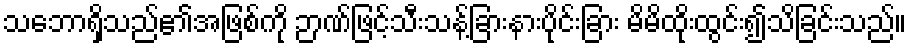
သဘောရှိသည်၏အဖြစ်ကို ဉာဏ်ဖြင့်သီးသန့်ခြားနားပိုင်းခြား မိမိထိုးထွင်း၍သိခြင်းသည်။